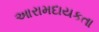
આરામદાયકતા